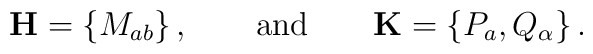
{\bf H} = \{ M_{ab} \}\,,\qquad \mbox{and}\qquad  {\bf K} =\{P_a, Q_\alpha\}\,.